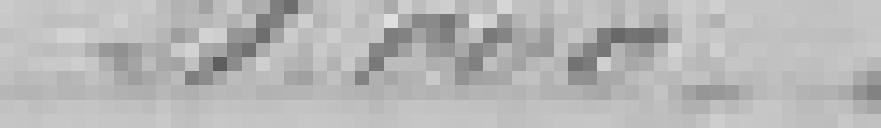
21.000